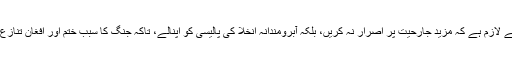
لہذا استعمار کے لیے لازم ہے کہ مزید جارحیت پر اصرار نہ کریں، بلکہ آبرومندانہ انخلا کی پالیسی کو اپنالے، تاکہ جنگ کا سبب ختم اور افغان تنازع کا حل تلاش کریں۔